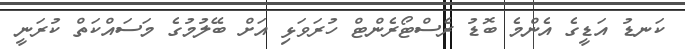
ކަނޑު އަޑީގެ އެންމެ ބޮޑު ރެސްޓޯރެންޓް ހުރަވަޅި އަށް ބޭލުމުގެ މަސައްކަތް ކުރަނީ